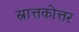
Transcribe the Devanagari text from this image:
स्नात्तकोत्तर